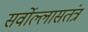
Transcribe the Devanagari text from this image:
सर्वोल्लासतंत्र